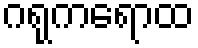
ဂရုကရောထ